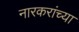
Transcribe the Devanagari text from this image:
नारकरांच्या